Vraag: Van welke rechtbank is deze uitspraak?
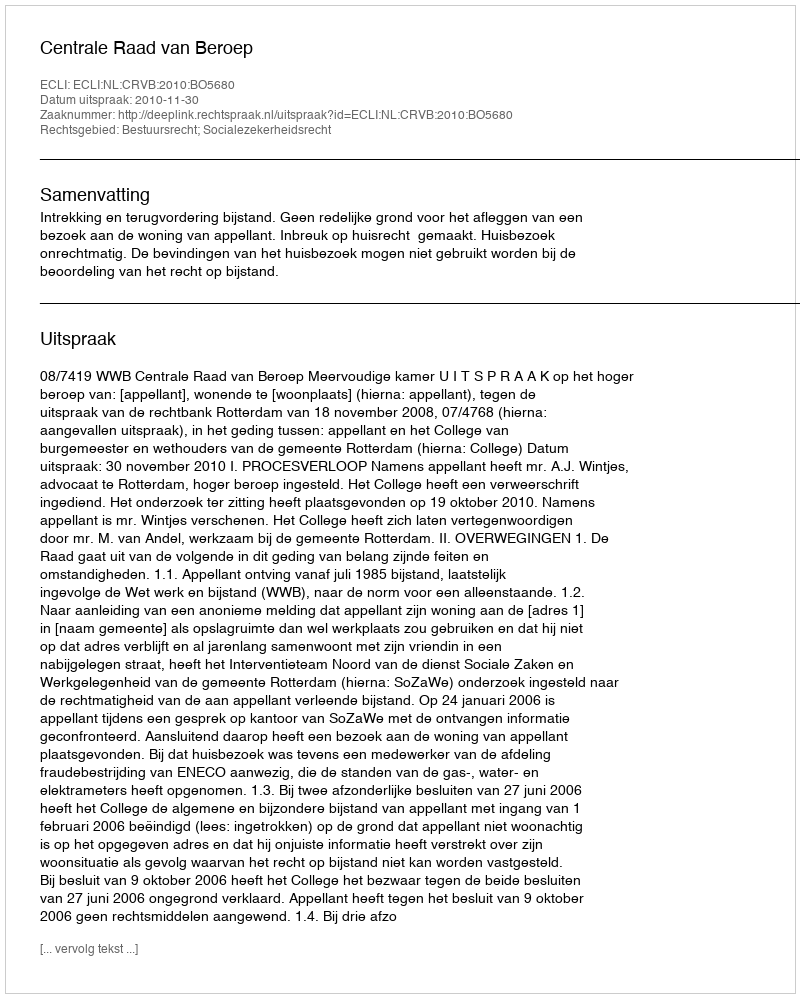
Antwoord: Centrale Raad van Beroep